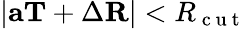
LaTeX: |\mathbf{a}\mathbf{T}+\Delta\mathbf{R}|<R_{\mathrm{~c~u~t~}}